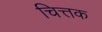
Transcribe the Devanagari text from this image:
चित्तक